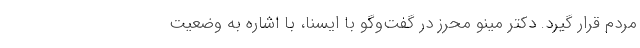
مردم قرار گیرد. دکتر مینو محرز در گفت‌وگو با ایسنا، با اشاره به وضعیت